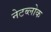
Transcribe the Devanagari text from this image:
नेटब्लोक